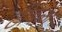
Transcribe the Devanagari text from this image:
टीबळा